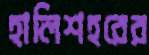
হালিশহরের